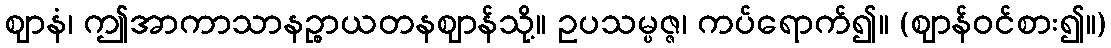
ဈာနံ၊ ဤအာကာသာနဉ္စာယတနဈာန်သို့။ ဥပသမ္ပဇ္ဇ၊ ကပ်ရောက်၍။ (ဈာန်ဝင်စား၍။)